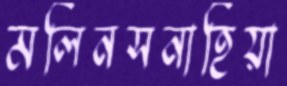
মলিনসনাহিয়া